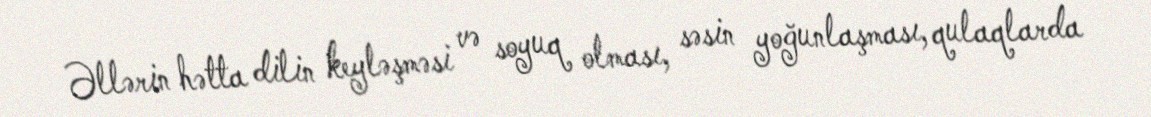
Əllərin hətta dilin keyləşməsi və soyuq olması, səsin yoğunlaşması, qulaqlarda